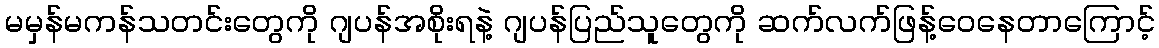
မမှန်မကန်သတင်းတွေကို ဂျပန်အစိုးရနဲ့ ဂျပန်ပြည်သူတွေကို ဆက်လက်ဖြန့်ဝေနေတာကြောင့်